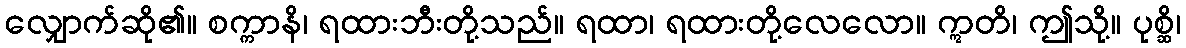
လျှောက်ဆို၏။ စက္ကာနိ၊ ရထားဘီးတို့သည်။ ရထာ၊ ရထားတို့လေလော။ ဣတိ၊ ဤသို့။ ပုစ္ဆိ၊